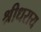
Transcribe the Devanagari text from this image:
श्रीधराय